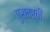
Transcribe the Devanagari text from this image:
पुरावर्ती